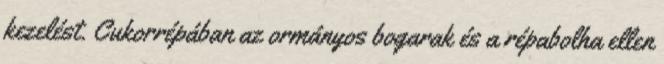
kezelést. Cukorrépában az ormányos bogarak és a répabolha ellen